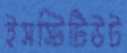
ইসস্টিটিউট